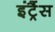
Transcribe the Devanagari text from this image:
इंट्रैंस